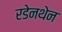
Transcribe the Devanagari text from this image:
रडेनथेन